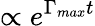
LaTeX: \propto e^{\Gamma_{max}t}